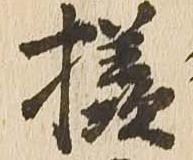
様